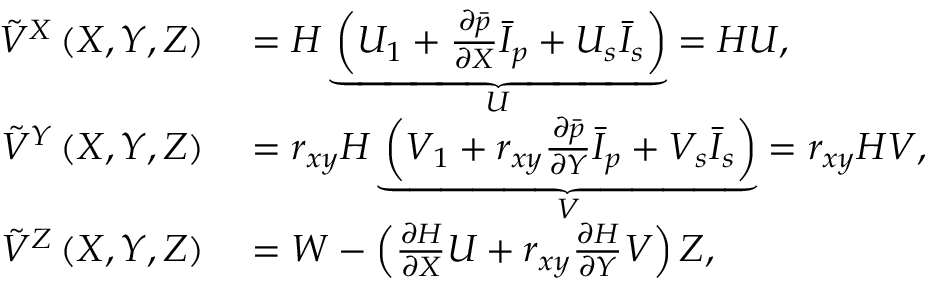
\begin{array} { r l } { \Tilde { V } ^ { X } \left( X , Y , Z \right) } & { { } = H \underbrace { \left( U _ { 1 } + \frac { \partial \Bar { p } } { \partial X } \Bar { I } _ { p } + U _ { s } \Bar { I } _ { s } \right) } _ { U } = H U , } \\ { \Tilde { V } ^ { Y } \left( X , Y , Z \right) } & { { } = r _ { x y } H \underbrace { \left( V _ { 1 } + r _ { x y } \frac { \partial \Bar { p } } { \partial Y } \Bar { I } _ { p } + V _ { s } \Bar { I } _ { s } \right) } _ { V } = r _ { x y } H V , } \\ { \Tilde { V } ^ { Z } \left( X , Y , Z \right) } & { { } = W - \left( \frac { \partial H } { \partial X } U + r _ { x y } \frac { \partial H } { \partial Y } V \right) Z , } \end{array}